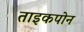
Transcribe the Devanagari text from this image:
ताइकपोन